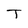
Character: T